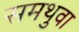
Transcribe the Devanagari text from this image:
समथुवा